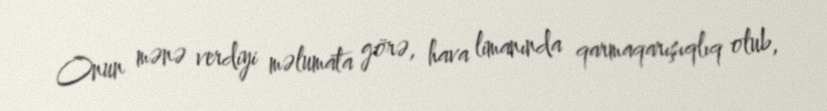
Onun mənə verdiyi məlumata görə, hava limanında qarmaqarışıqlıq olub,